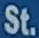
St.